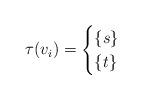
LaTeX: \begin{align*}\tau(v_i)=\begin{cases}\{s\}&\\\{t\}&\end{cases}\end{align*}